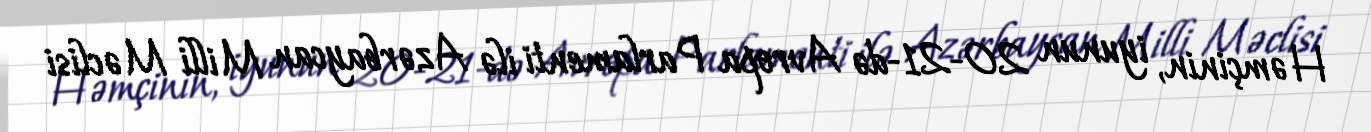
Həmçinin, iyunun 20-21-də Avropa Parlamenti ilə Azərbaycan Milli Məclisi